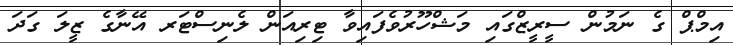
އިމްޕް ގެ ނަމުން ސީރީޒްގައި މަޝްހޫރުވެފައިވާ ޓިރިއަން ލެނިސްޓަރ އޭނާގެ ޒީލަ ގަދަ